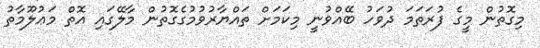
މިގޮތުން މީގެ ފުރަތަމަ ދުވަހު ބޭއްވުނީ މިކަމަށް ތައްޔާރުވުމުގެގޮތުން މާލޭގައި އޮތް މަޢުލޫމާތު